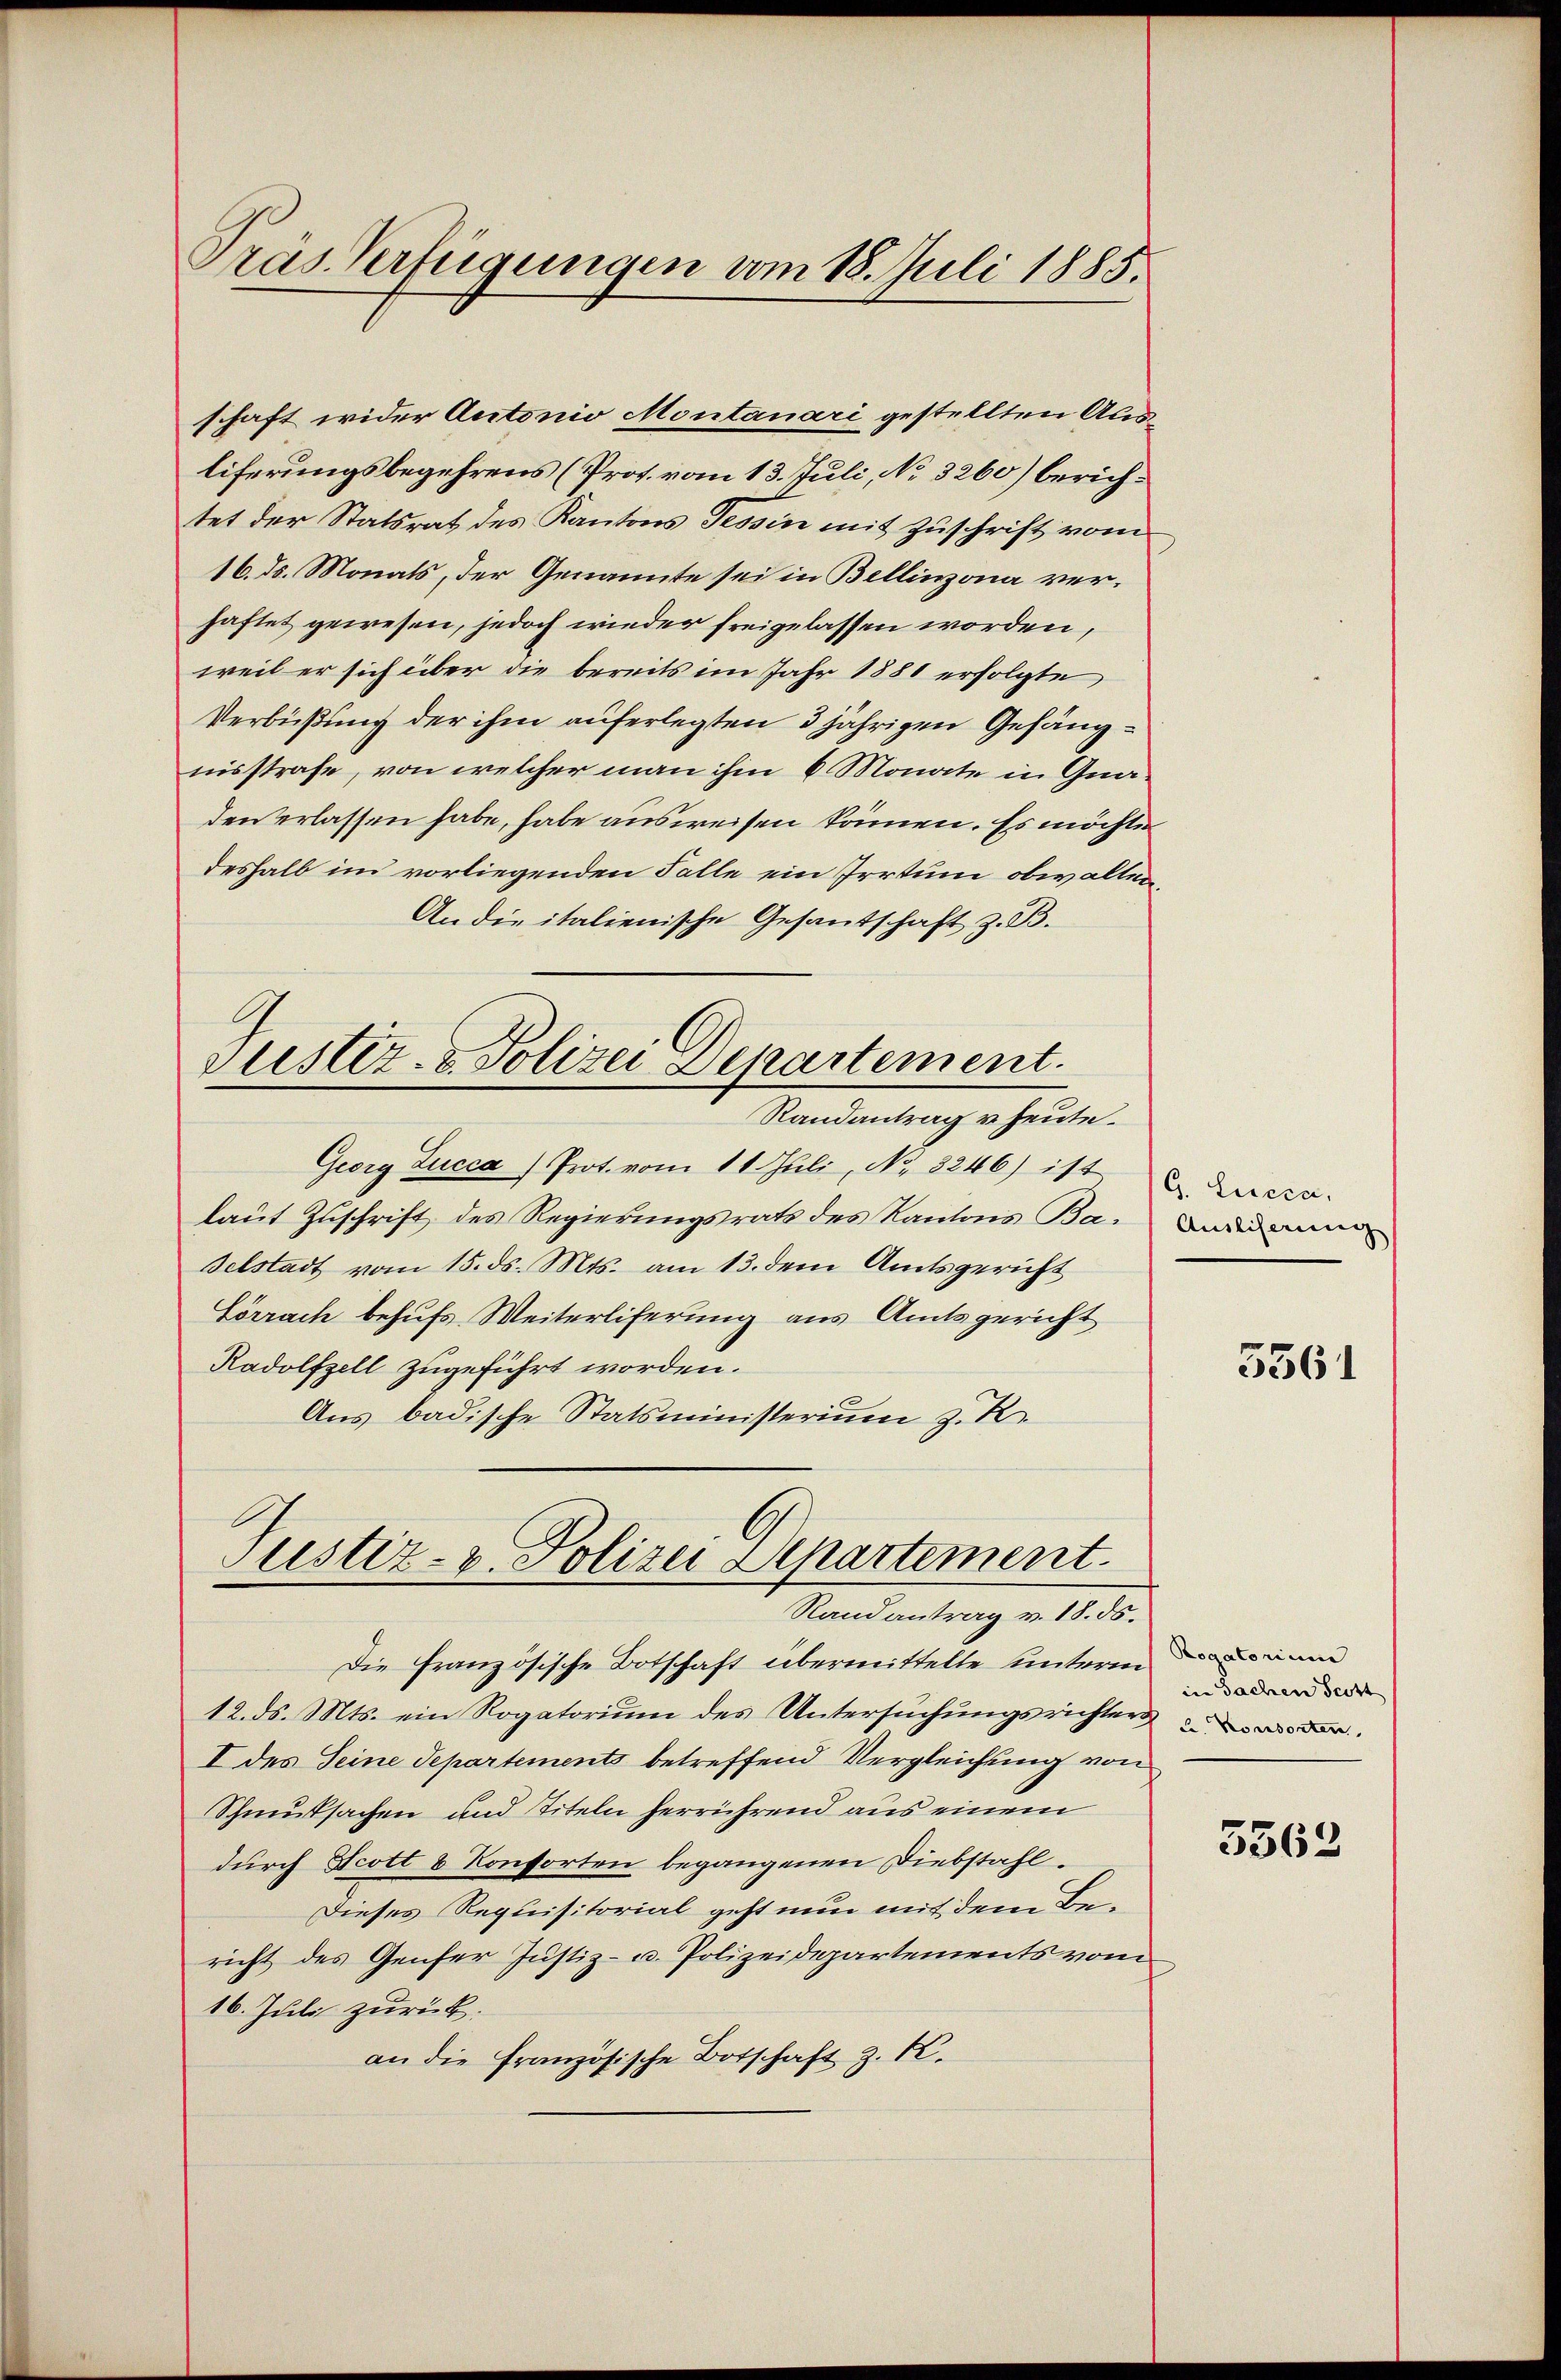
Pras Verfügungen vom 18. Juli 1885.

liferungsbegehrens (Prot. vom 13. Juli, No 3260) berichtet der Statsrat des Kantons Tessin mit Zuschrift vom
16. ds. Monats, der Genannte sei in Bellinzona verhaftet gewesen, jedoch wieder freigelassen worden,
weil er sich über die bereits im Jahr 1881 erfolgte
Verbüßung der ihm auferlegten 3 jährigen Gefängnisstrafe, von welcher man ihm 6 Monate in Gnaden erlassen habe, habe ausweisen können. Es möchte
deshalb im vorliegenden Falle ein Irrtum obwalten,
An die italienische Gesantschaft z. B.
Suester- & Polizei Departement.
Randantrag u. heute.
Georg Lucca Prot. vom 11. Juli, No. 8246) ist
laut Zuschrift des Regierungsrath des Kantons Bar
selstadt vom 15. ds. Mts. am 13. dem Amtsgericht
Lörrach behufs Weiterliferung aus Amtsgericht
Radolfzell zugeführt worden.
Aus badische Statsministerium z. R.

schaft wider Autonio Montanari gestellten Aus

Pustiz- & Polizei Departement.
Randantrag v. 18. ds.

Die Französische Botschaft übermittelte unteren einen
12. ds. Mts. ein Rogatorium des Untersŭchŭngsrichten d
I des Seine Separtements betreffend Vergleichung von
Schmutsachen und Titeln herrührend aus einem
durch Scott 8 Konsorten begangenen Diebstahl.
Dieses Requisitorial geht nun mit dem Bericht des Genfer Justiz- u. Polizeidepartements vom
16. Juli zurück.
an die Französische Botschaft z. K.

G. Lucca,

5561

in Sachen Scott

5563